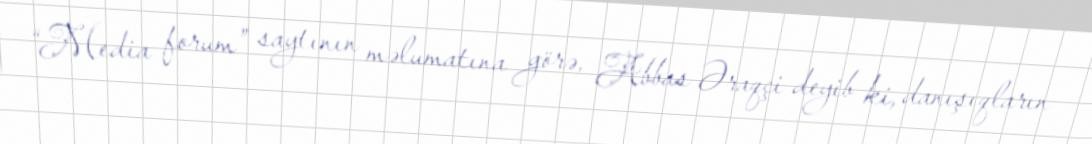
“Media forum” saytının məlumatına görə, Abbas Əraqçi deyib ki, danışıqların